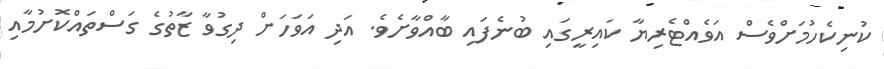
ކުނިކެހުމަށްވެސް އަވެއްޓެރިޔާ ކައިރީގައި ބުނެފައި ބާއްވާށެވެ. އަދި އަވަހަށް ދިގުވާ ޒާތުގެ ގަސްތައްކޮށުމާއި